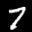
Label: 7